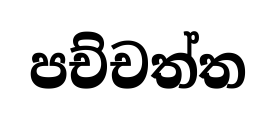
පච්චත්ත